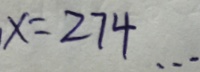
x = 2 7 4 \cdots